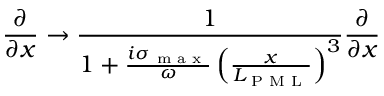
\frac { \partial } { \partial x } \rightarrow \frac { 1 } { 1 + \frac { i \sigma _ { \textrm { m a x } } } { \omega } \left( \frac { x } { L _ { \textrm { P M L } } } \right) ^ { 3 } } \frac { \partial } { \partial x }